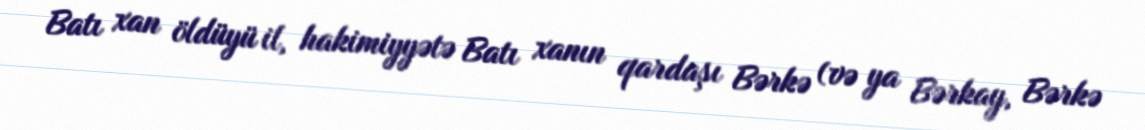
Batı xan öldüyü il, hakimiyyətə Batı xanın qardaşı Bərkə (və ya Bərkay, Bərkə